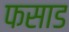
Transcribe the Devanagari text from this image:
फसाड